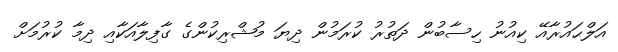
އަލްޙައުރާއޭ ކިއުނު ހިސާބުން ދަތުރު ކުރަމުން ދިޔަ މުޝްރިކުންގެ ގާފިލާއަކާއި ދިމާ ކުރުމަށް